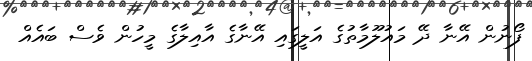
ފޯނުން އޭނާ ދޭ މައުލޫމާތުގެ އަލީގައި އޭނާގެ އާއިލާގެ މީހުން ވެސް ބައެއް